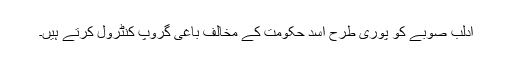
ادلب صوبے کو پوری طرح اسد حکومت کے مخالف باغی گروپ کنٹرول کرتے ہیں۔